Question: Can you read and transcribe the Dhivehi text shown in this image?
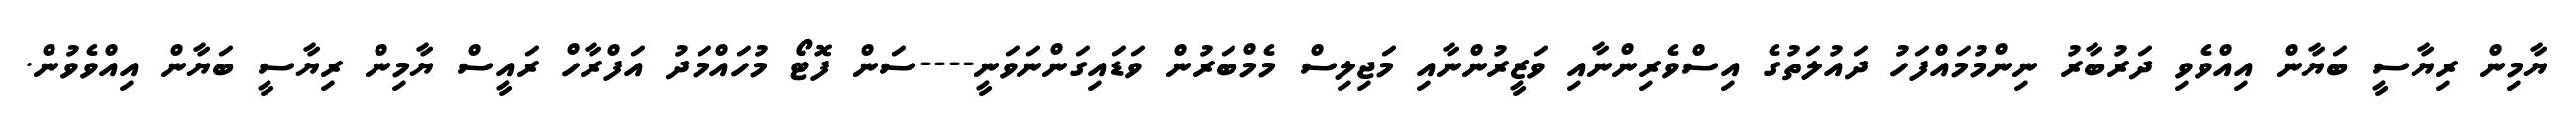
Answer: ޔާމިން ރިޔާސީ ބަޔާން އިއްވެވި ދަރުބާރު ނިންމުމައްފަހު ދައުލަތުގެ އިސްވެރިންނާއި ވަޒީރުންނާއި މަޖިލިސް މެމްބަރުން ވަޑައިގަންނަވަނީ----ސަން ފޮޓޯ މުހައްމަދު އަފްރާހް ރައީސް ޔާމިން ރިޔާސީ ބަޔާން އިއްވެވުން.